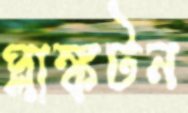
প্লাঙ্কটন